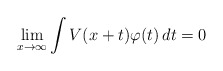
\begin{align*}\lim_{x\to\infty} \int V(x+t)\varphi(t)\, dt = 0\end{align*}